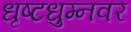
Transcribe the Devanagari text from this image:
धृष्टधुम्नवर